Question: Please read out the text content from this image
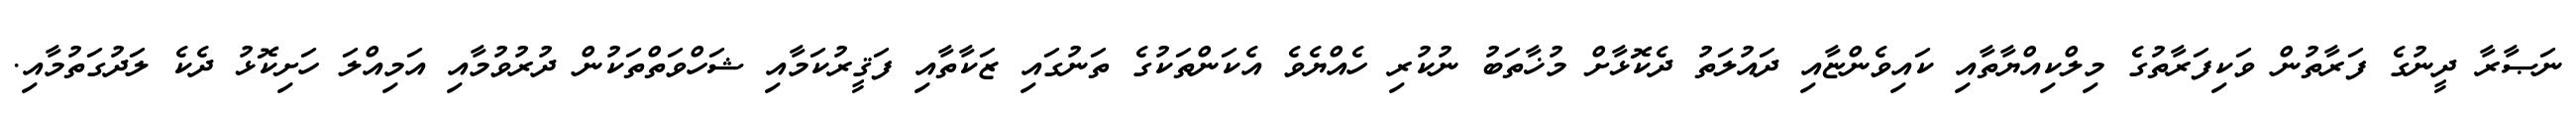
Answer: ނަޞާރާ ދީނުގެ ފަރާތުން ވަކިފަރާތުގެ މިލްކިއްޔާތާއި ކައިވެންޏާއި ދައުލަތު ދެކޮޅާށް މުޚާތަބު ނުކުރި ހެއްޔެވެ އެކަންތަކުގެ ތަނުގައި ޒަކާތާއި ފަޤީރުކަމާއި ޝަހްވަތްތަކުން ދުރުވުމާއި އަމިއްލަ ހަށިކޮޅު ދެކެ ލަދުގަތުމާއި.